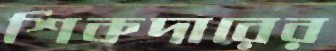
শিকদারের